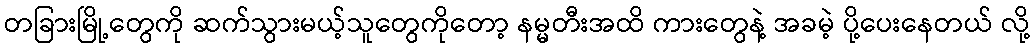
တခြားမြို့တွေကို ဆက်သွားမယ့်သူတွေကိုတော့ နမ္မတီးအထိ ကားတွေနဲ့ အခမဲ့ ပို့ပေးနေတယ် လို့